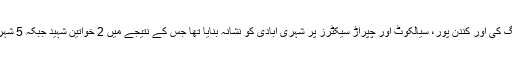
یاد رہے کہ 18 جنوری کو بھارت نے ورکنگ باؤنڈری پر بلا اشتعال فائرنگ کی اور کندن پور، سیالکوٹ اور چپراڑ سیکٹرز پر شہری آبادی کو نشانہ بنایا تھا جس کے نتیجے میں 2 خواتین شہید جبکہ 5 شہری زخمی ہوگئے تھے جبکہ اس واقعے میں 3 خواتین بھی زخمی ہوئی تھیں۔